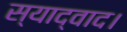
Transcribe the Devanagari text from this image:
स्याद्वाद।